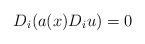
LaTeX: \begin{align*}D_i(a(x)D_i u)=0\end{align*}